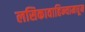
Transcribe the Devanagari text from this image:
लसिकावाहिन्यामधून